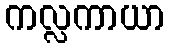
ကလ္လကာယာ